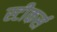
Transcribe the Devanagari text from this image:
स्टीकर्स